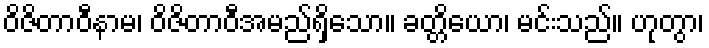
ဝိဇိတာဝီနာမ၊ ဝိဇိတာဝီအမည်ရှိသော။ ခတ္တိယော၊ မင်းသည်။ ဟုတွာ၊